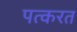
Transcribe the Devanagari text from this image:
पत्करत